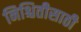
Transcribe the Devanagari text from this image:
निश्चितीसाठी